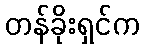
တန်ခိုးရှင်က